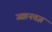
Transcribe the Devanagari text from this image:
उद्यानतज्ञ